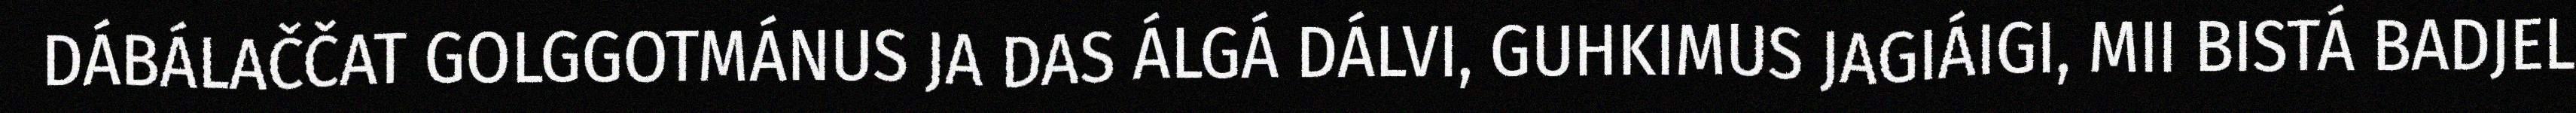
DÁBÁLAČČAT GOLGGOTMÁNUS JA DAS ÁLGÁ DÁLVI, GUHKIMUS JAGIÁIGI, MII BISTÁ BADJEL